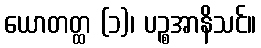
ယောတတ္ထ (၁)၊ ပဉ္စအာနိသင်။